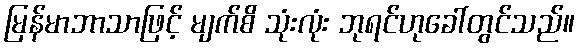
မြန်မာဘာသာဖြင့် မျက်စိ သုံးလုံး ဘုရင်ဟုခေါ်တွင်သည်။